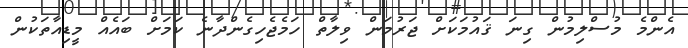
އެންމެ މުސްލިމުން ގިނަ ޤައުމަކަށް ޖަރުމަން ވިލާތް ހަމެޖެހިގެންދާނެ ކަމަށް ބައެއް މީޑިއާތަކުން